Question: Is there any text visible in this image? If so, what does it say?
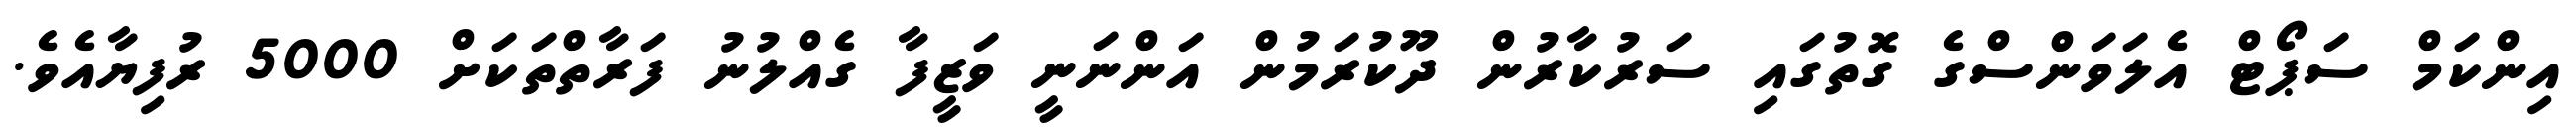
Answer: އިންކަމް ސަޕޯޓް އެލަވަންސްގެ ގޮތުގައި ސަރުކާރުން ދޫކުރަމުން އަންނަނީ ވަޒީފާ ގެއްލުނު ފަރާތްތަކަށް 5000 ރުފިޔާއެވެ.